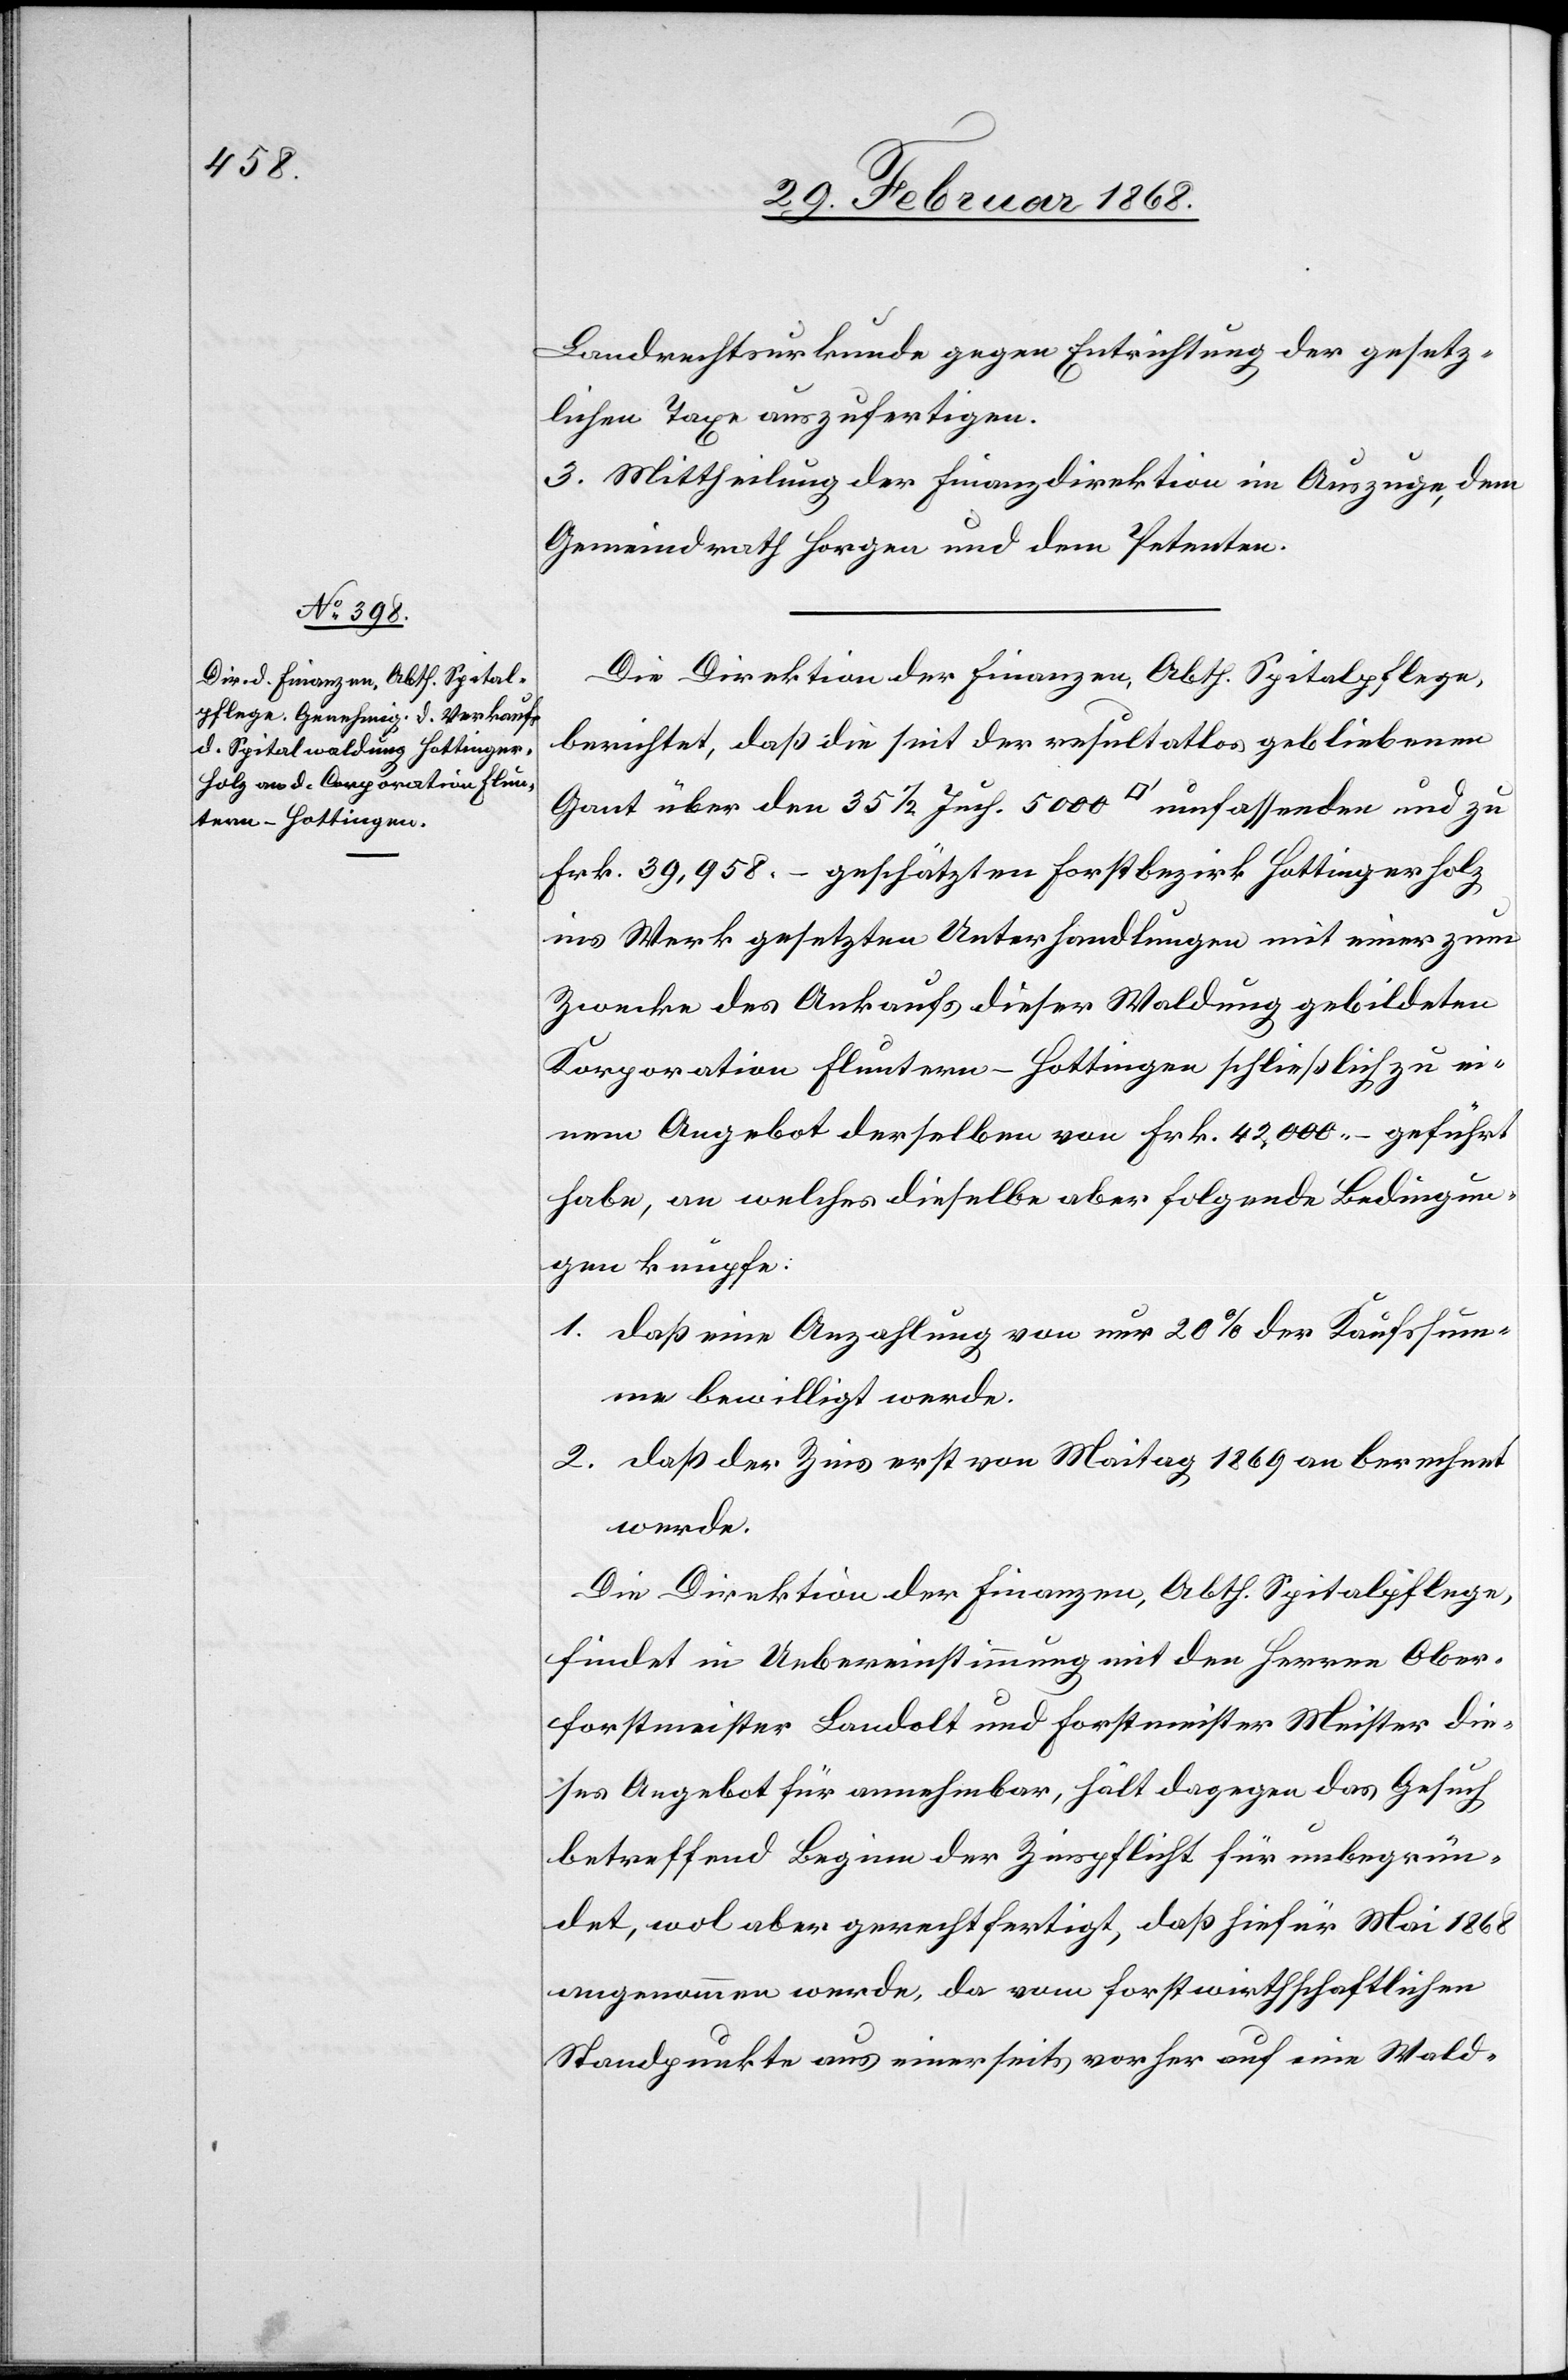
Landrechtsurkunde gegen Entrichtung der gesetz¬
lichen Taxe auszufertigen.
3. Mittheilung der Finanzdirektion im Auszuge, dem
Gemeindrath Horgen und dem Petenten.
Die Direktion der Finanzen, Abth. Spitalpflege,
berichtet, daß die seit der resultatlos gebliebenen
Gant über den 35 1/2 Juch. 500 [Quadratfuß] umfassenden und zu
Frk. 39,958.– geschätzten Forstbezirk Hottingerholz
ins Werk gesetzten Unterhandlungen mit einer zum
Zwecke des Ankaufs dieser Waldung gebildeten
Korporation Fluntern-Hottingen schließlich zu ei¬
nem Angebot derselben von Frk. 42,000.– geführt
habe[n], an welches dieselbe aber folgende Bedingun¬
gen knüpfe:
1. daß eine Anzahlung von nur 20% der Kaufssum¬
me bewilligt werde.
2. daß der Zins erst von Maitag 1869 an berechnet
werde.
Die Direktion der Finanzen, Abth. Spitalpflege,
findet in Uebereinstimmung mit den Herren Ober¬
forstmeister Landolt und Forstmeister Meister die¬
ses Angebot für annehmbar, hält dagegen das Gesuch
betreffend Beginn der Zinspflicht für unbegrün¬
det, wol aber gerechtfertigt, daß hiefür Mai 1868
angenommen werde, da vom forstwirthschaftlichen
Standpunkte aus einerseits vorher auf eine Wald-